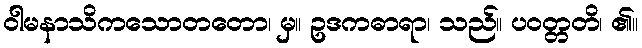
ဝါမနာသိကသောတတော၊ မှ။ ဥဒကဓာရာ၊ သည်။ ပဝတ္တတိ၊ ၏။